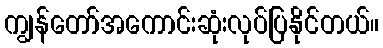
ကျွန်တော်အကောင်းဆုံးလုပ်ပြနိုင်တယ်။